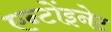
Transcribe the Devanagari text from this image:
एन्टोंइनेट